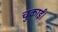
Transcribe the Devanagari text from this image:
चुकाईं।